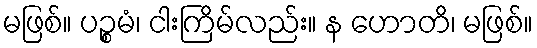
မဖြစ်။ ပဉ္စမံ၊ ငါးကြိမ်လည်း။ န ဟောတိ၊ မဖြစ်။